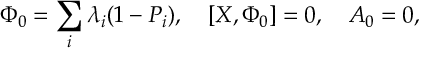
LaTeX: \Phi _ { 0 } = \sum _ { i } \lambda _ { i } ( 1 - P _ { i } ) , \quad [ X , \Phi _ { 0 } ] = 0 , \quad A _ { 0 } = 0 ,